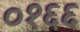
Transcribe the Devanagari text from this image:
०१६६